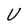
Character: U